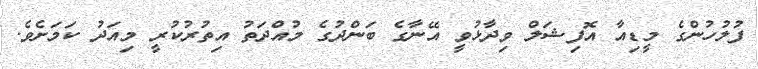
ފުލުހުންގެ މީޑިއާ އޮފިޝަލް ވިދާޅުވީ އޭނާގެ ބަންދުގެ މުއްދަތު އިތުރުކުރީ މިއަދު ކަމަށެވެ.